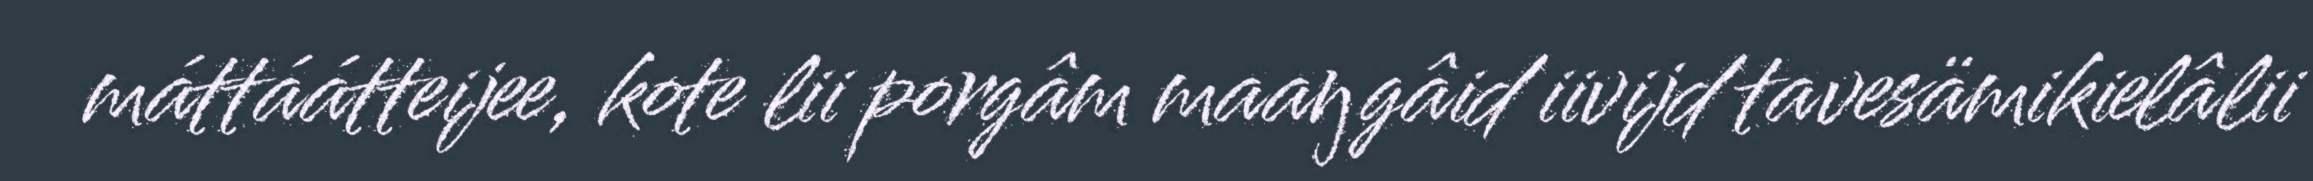
máttáátteijee, kote lii porgâm maaŋgâid iivijd tavesämikielâlii